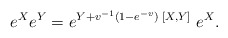
\begin{align*}e^X e^Y = e^{Y + v^{-1} (1- e^{-v})\;[X,Y]} \;e^X.\end{align*}